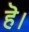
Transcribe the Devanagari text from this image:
हॆ।